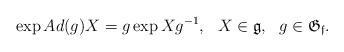
\begin{align*}\exp Ad(g)X = g\exp Xg^{-1},~~ X\in \mathfrak{g}, ~~g\in \mathfrak{G_f}.\end{align*}